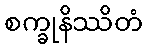
စက္ခုနိဿိတံ